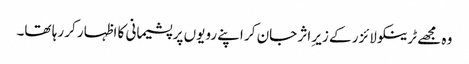
وہ مجھے ٹرینکو لائزر کے زیرِ اثر جان کر اپنے رویوں پر پشیمانی کا اظہار کر رہا تھا۔